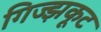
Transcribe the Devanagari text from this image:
गिज्झकूट